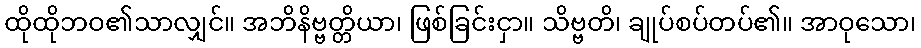
ထိုထိုဘဝ၏သာလျှင်။ အဘိနိဗ္ဗတ္တိယာ၊ ဖြစ်ခြင်းငှာ။ သိဗ္ဗတိ၊ ချုပ်စပ်တပ်၏။ အာဝုသော၊